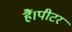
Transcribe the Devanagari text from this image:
हैं।पीटर